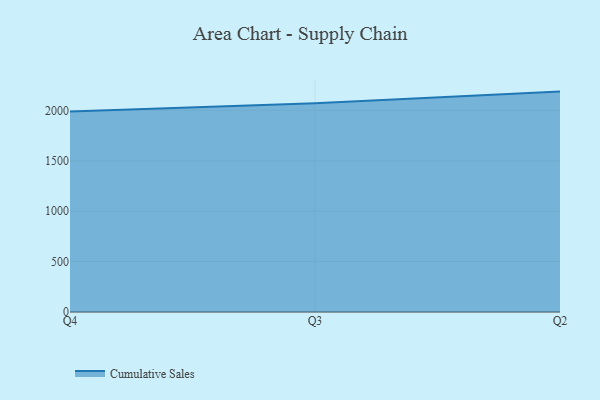
{"axis": {"x": "Quarter", "y": "Latency (ms)"}, "legend": ["Cumulative Sales"], "data": [{"x": "Q4", "y": 1988.4, "type": "Cumulative Sales"}, {"x": "Q3", "y": 2070.5, "type": "Cumulative Sales"}, {"x": "Q2", "y": 2185.6, "type": "Cumulative Sales"}]}